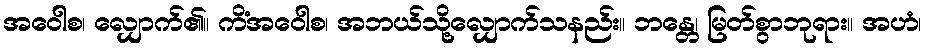
အဝေါစ၊ လျှောက်၏။ ကိံအဝေါစ၊ အဘယ်သို့လျှောက်သနည်း။ ဘန္တေ၊ မြတ်စွာဘုရား။ အဟံ၊